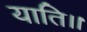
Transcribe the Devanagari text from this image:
याति।।